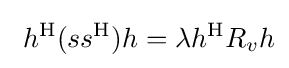
\ h^{\mathrm {H} }(ss^{\mathrm {H} })h=\lambda h^{\mathrm {H} }R_{v}h